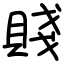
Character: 賤